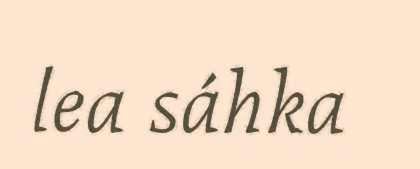
lea sáhka